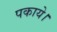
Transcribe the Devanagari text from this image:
पकाये।